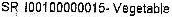
SR 100100000015- VEGETABLE